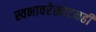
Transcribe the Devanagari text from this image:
स्वभावरेखाटनही